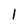
Character: l